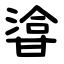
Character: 㽏